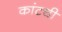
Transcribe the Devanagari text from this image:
कांटची